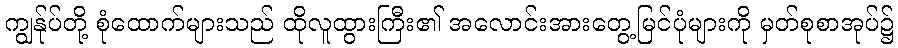
ကျွန်ုပ်တို့ စုံထောက်များသည် ထိုလူထွားကြီး၏ အလောင်းအားတွေ့မြင်ပုံများကို မှတ်စုစာအုပ်၌